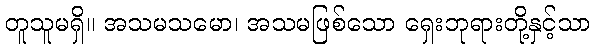
တူသူမရှိ။ အသမသမော၊ အသမဖြစ်သော ရှေးဘုရားတို့နှင့်သာ